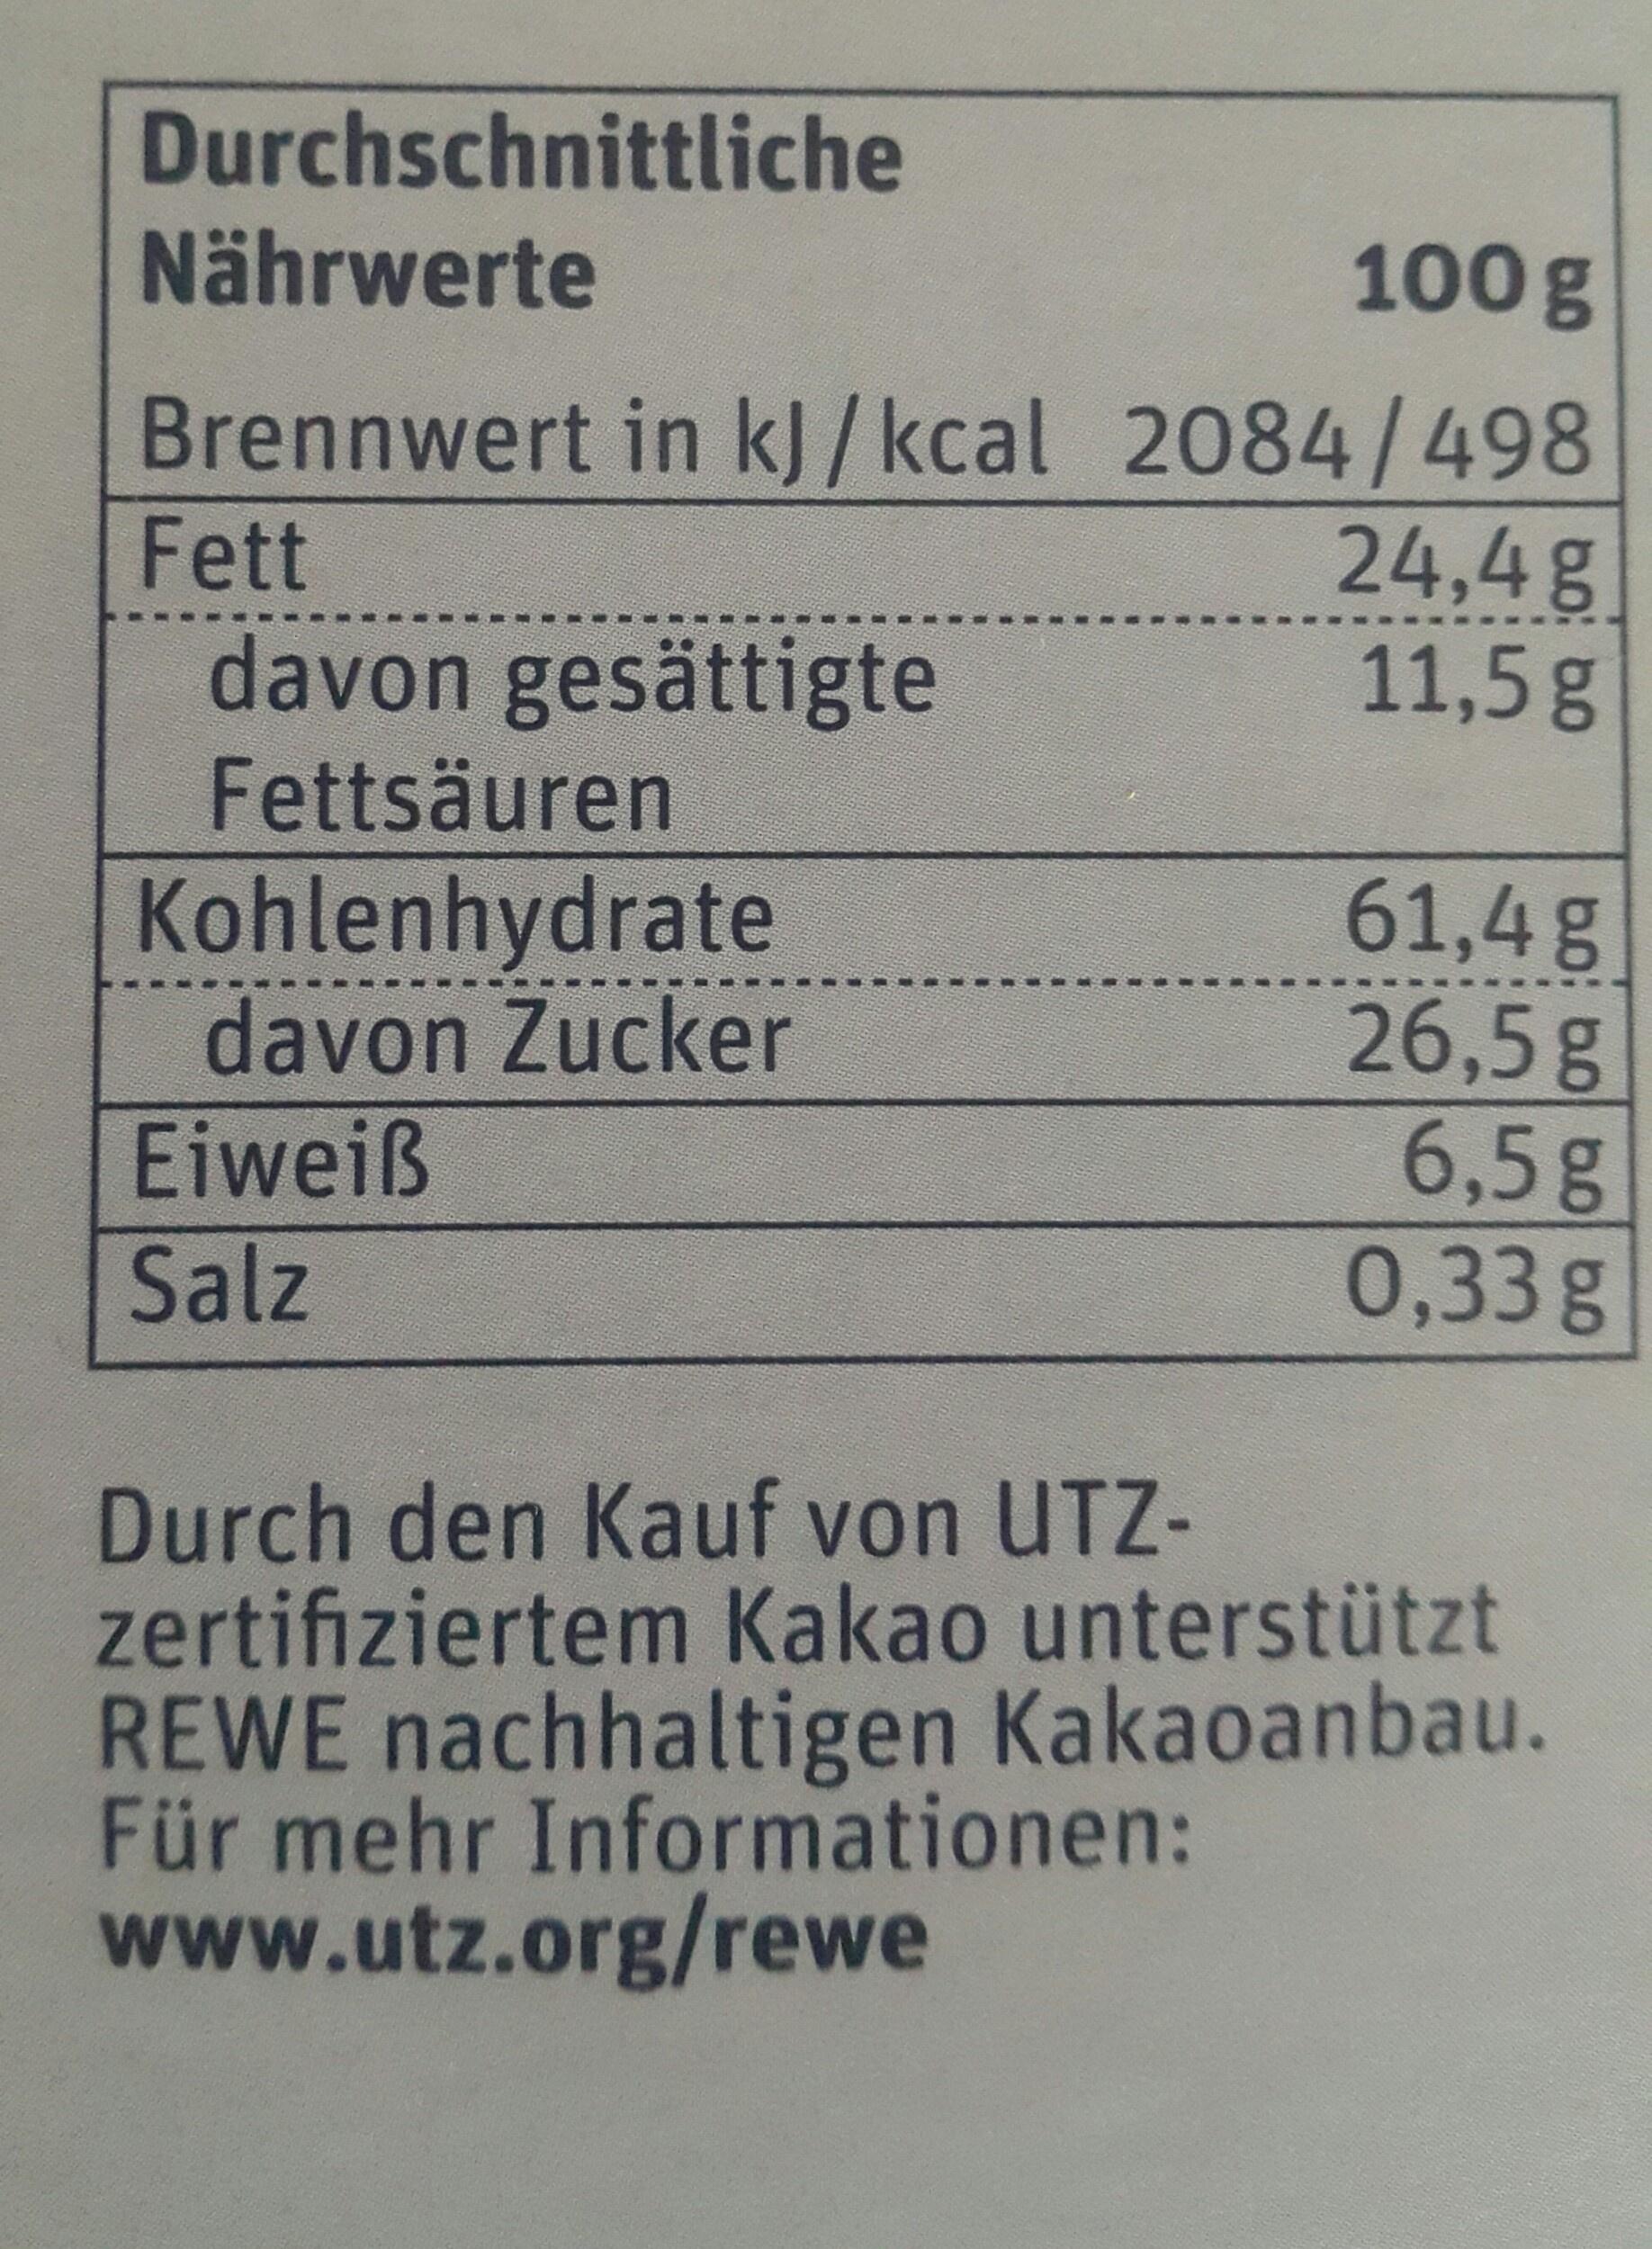
Durchschnittliche
Nährwerte
100g
Brennwert in kJ / kcal 2084/498 24,4g 11,5g
Fett
davon gesättigte
Fettsäuren
Kohlenhydrate davon Zucker
61,4g 26,5g 6,5g 0,33g
Eiweiß
Salz
Durch den Kauf von UTZ- zertifiziertem Kakao unterstützt REWE nachhaltigen Kakaoanbau. Für mehr Informationen: www.utz.org/rewe